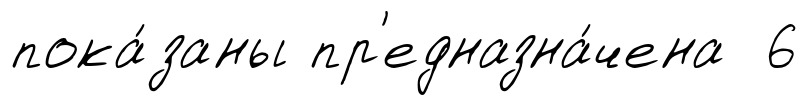
пока́заны пр'едназна́чена 6